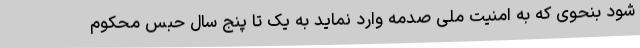
شود بنحوی که به امنیت ‌ملی صدمه وارد نماید به یک تا پنج سال حبس محکوم